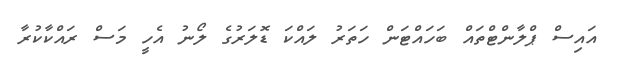
އައިސް ޕްލާންޓްތައް ބަހައްޓަން ހަތަރު ލައްކަ ޑޮލަރުގެ ލޯނު އެހީ މަސް ރައްކާކުރާ